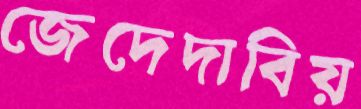
জেদেদাবিয়